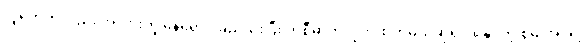
လူတွေကလည်း အလားတူ နေရောင်ခြည်သုံးပြီး ကစီဓာတ်လိုက်ထုတ်မယ်ဆိုရင် ရနိုင်တဲ့ စွမ်းအင်ရဲ့